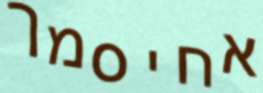
אחיסמך